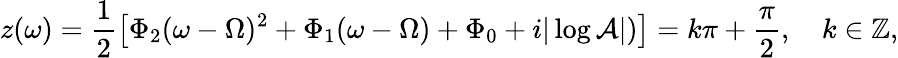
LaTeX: z(\omega)=\frac{1}{2}\left[\Phi_{2}(\omega-\Omega)^{2}+\Phi_{1}(\omega-\Omega)+\Phi_{0}+i|\log\mathcal{A}|)\right]=k\pi+\frac{\pi}{2},\quad k\in\mathbb{Z},